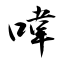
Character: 喡